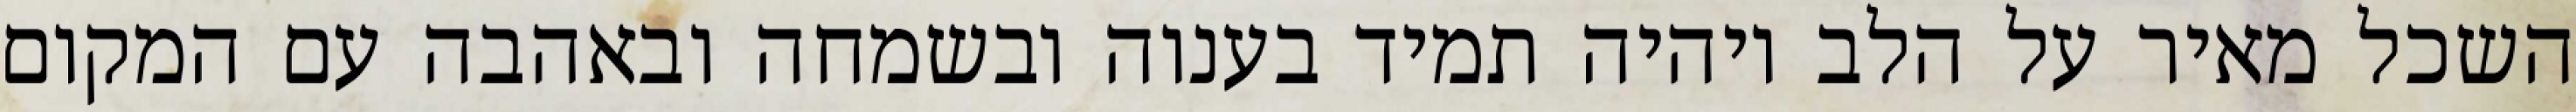
השכל מאיר על הלב ויהיה תמיד בענוה ובשמחה ובאהבה עם המקום